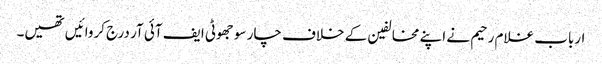
ارباب غلام رحیم نے اپنے مخالفین کے خلاف چار سو جھوٹی ایف آئی آر درج کروائیں تھیں۔